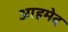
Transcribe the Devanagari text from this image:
आहमेद